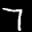
Label: 7